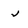
Character: j